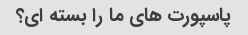
پاسپورت های ما را بسته ای؟